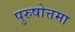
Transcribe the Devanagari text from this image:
पुरुषोत्तमा